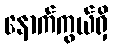
နောက်ကွယ်ရှိ